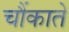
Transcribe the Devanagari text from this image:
चौंकाते